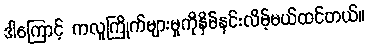
ဒါကြောင့် ကလူကြိုက်များမှုကိုနှိမ်နင်းလိမ့်မယ်ထင်တယ်။